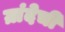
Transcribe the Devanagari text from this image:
ग्रांदेची